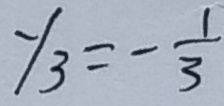
y _ { 3 } = - \frac { 1 } { 3 }